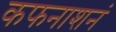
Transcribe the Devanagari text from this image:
कफनाशनं